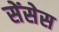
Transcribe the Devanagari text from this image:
सेंसेस